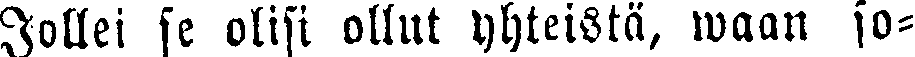
Jollei se olisi ollut yhteistä, waan so-